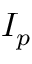
I _ { p }